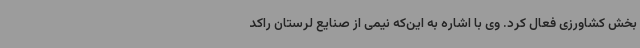
بخش کشاورزی فعال کرد. وی با اشاره به این‌که نیمی از صنایع لرستان راکد